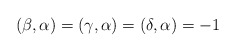
\begin{align*} (\beta,\alpha)=(\gamma,\alpha)=(\delta,\alpha)=-1\end{align*}